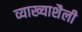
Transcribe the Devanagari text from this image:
व्याख्याशैली